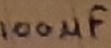
Text: 100µF